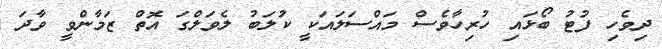
ދިވެހި ފުޓު ބޯޅައި ހުރިހާވެސް މައްސަލައަކީ ކުލަބު ލެވަލްގަ އޮތް ޒަމާންވީ ވާދަ